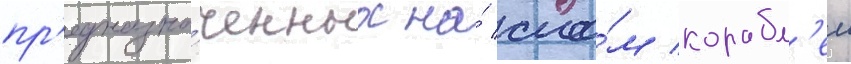
пр'едназна́ченных на́ сло́м корабл'еи